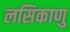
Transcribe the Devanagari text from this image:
लसिकाणु